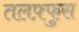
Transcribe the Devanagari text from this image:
तलफ़्फुस